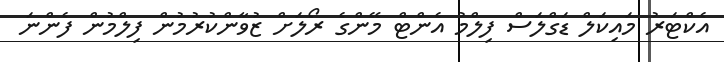
އެކްޓަރު މައިކަލް ޑަގްލަސް ފިލްމު އެންޓް މޭންގެ ރޯލަށް ޒުވާންކުރުމުން ފިލްމުން ފެންނަ